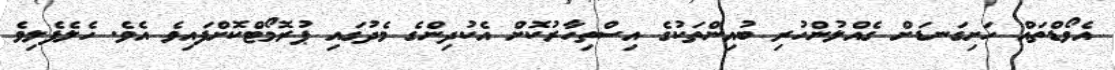
އެވޯޑްތައް ހަށިގަނޑަށް ގެއްލުންހުރި ބުއިންތަކުގެ އިސްތިހާރުކޮށް އެކުދިންގެ މެދުގައި ޕުރޮމޯޓްކޮށްފައިވެ އެވެ. ހެލެފެލިވެ